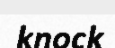
knock